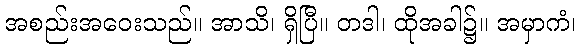
အစည်းအဝေးသည်။ အာသိ၊ ရှိပြီ။ တဒါ၊ ထိုအခါ၌။ အမှာကံ၊